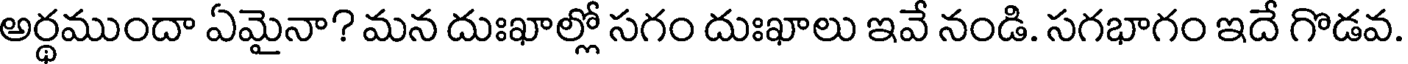
అర్థముందా ఏమైనా? మన దుఃఖాల్లో సగం దుఃఖాలు ఇవే నండి. సగభాగం ఇదే గొడవ